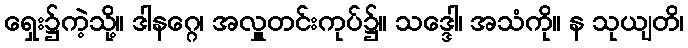
ရှေး၌ကဲ့သို့။ ဒါနဂ္ဂေ၊ အလှူတင်းကုပ်၌။ သဒ္ဒေါ၊ အသံကို။ န သုယျတိ၊